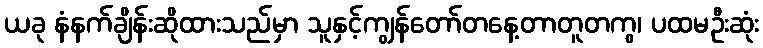
ယခု နံနက်ချိန်းဆိုထားသည်မှာ သူနှင့်ကျွန်တော်တနေ့တာတူတကွ၊ ပထမဦးဆုံး